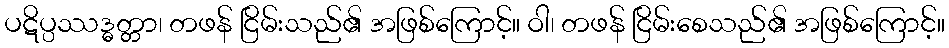
ပဋိပ္ပဿဒ္ဓတ္တာ၊ တဖန် ငြိမ်းသည်၏ အဖြစ်ကြောင့်။ ဝါ၊ တဖန် ငြိမ်းစေသည်၏ အဖြစ်ကြောင့်။